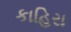
કાહિરા